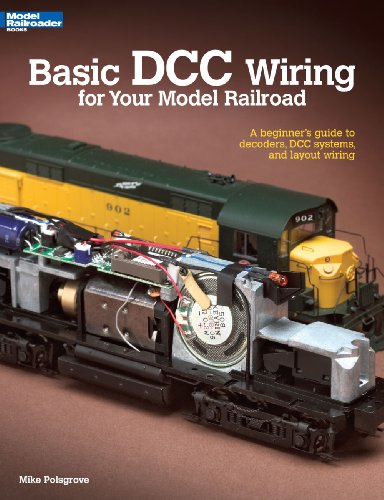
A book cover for Basic DCC Wiring for Your Model Railroad: A Beginner's Guide to Decoders, DCC Systems, and Layout Wiring; Mike Polsgrove; Crafts, Hobbies & Home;